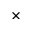
\times